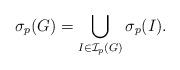
LaTeX: \begin{align*} \sigma_p(G) &= \bigcup_{I\in \mathcal{I}_p(G)} \sigma_p(I).\end{align*}